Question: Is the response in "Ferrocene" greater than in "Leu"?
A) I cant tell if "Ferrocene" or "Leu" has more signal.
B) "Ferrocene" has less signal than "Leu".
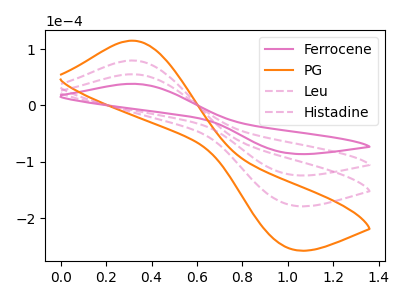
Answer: <think>The pink curve "Ferrocene" has an anodic peak at (0.30V, 38.55uA) and a cathodic peak at (1.00V, -84.75uA). The orange curve "PG" has an anodic peak at (0.30V, 166.50uA) and a cathodic peak at (1.00V, -366.25uA). The pink dashed curve "Leu" has an anodic peak at (0.30V, 55.50uA) and a cathodic peak at (1.00V, -122.10uA). The pink dashed curve "Histadine" has an anodic peak at (0.30V, 111.00uA) and a cathodic peak at (1.00V, -244.15uA).
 All the peaks in "Ferrocene" have a peak in "Leu" at the same potential. Every peak in "Ferrocene" is lower than every peak in "Leu".</think>
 <answer>B) "Ferrocene" has less signal than "Leu".</answer>
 <eval>B</eval>